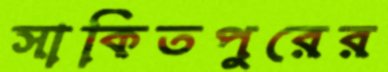
সাকিতপুরের